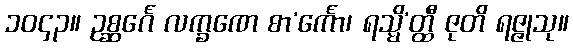
၁၀၄၃။ ဥစ္ဆင်္ဂေ လက္ခဏေ စာ’င်္ကော၊ ရသ္မိ’တ္ထီ ဇုတိ ရဇ္ဇုသု။